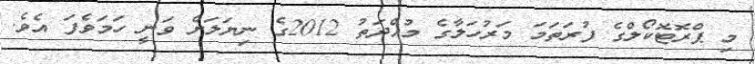
މި ޕްރޮޓޮކޯލްގެ ފުރަތަމަ މަރުހަލާގެ މުއްދަތު 2012ގެ ނިޔަލަށް ވަނީ ހަމަވެފަ އެވެ.